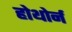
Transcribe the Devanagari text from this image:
होथोर्न